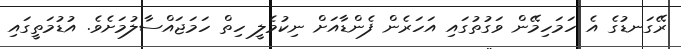
ރޭގަނޑުގެ އެ ހަމަހިމޭން ވަގުތުގައި އަހަރެން ފެންޑާއަށް ނިކުމެލީ ހިތް ހަމަޖައްސާލުމަށެވެ. އުޑުމަތީގައި